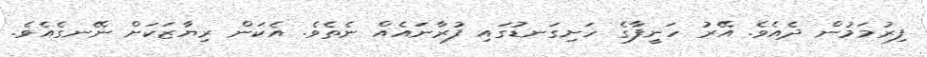
ފިރުމަމުން ދެއެވެ. އޭރު ހަނީފާގެ ހަށިގަނޑުގައި ފުރާނައެއް ނެތެވެ. އެކަން ރިޔާޒަކަށް ނޭނގެއެވެ.